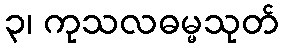
၃၊ ကုသလဓမ္မသုတ်